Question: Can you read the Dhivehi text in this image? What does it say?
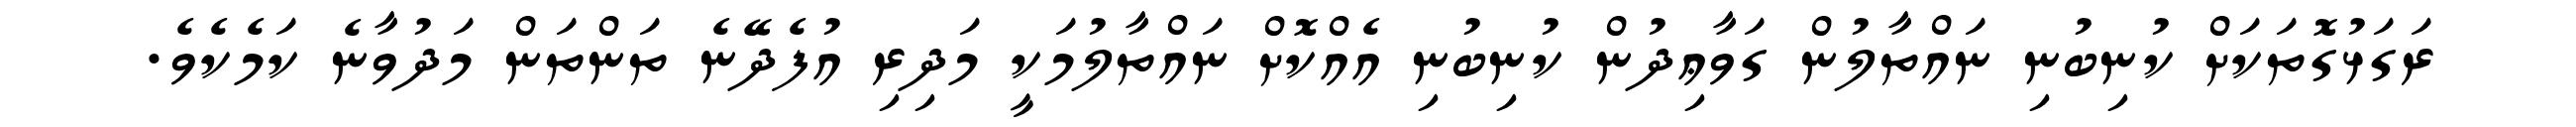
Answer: ރަގަޅުގޮތަކަށް ކުނިބުނި ނައްތާލުން ގަވާޢިދުން ކުނިބުނި އެއްކޮށް ނައްތާލުމަކީ މަދިރި އުފެދޭނެ ތަންތަން މަދުވާނެ ކަމެކެވެ.